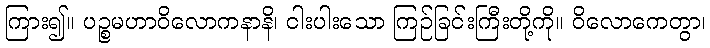
ကြား၍။ ပဉ္စမဟာဝိလောကနာနိ၊ ငါးပါးသော ကြဉ်ခြင်းကြီးတို့ကို။ ဝိလောကေတွာ၊